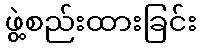
ဖွဲ့စည်းထားခြင်း